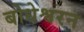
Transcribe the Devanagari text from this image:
बोधेश्वरन